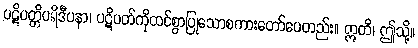
ပဋိပတ္တိပရိဒီပနာ၊ ပဋိပတ်ကိုထင်စွာပြုသောစကားတော်ပေတည်း။ ဣတိ၊ ဤသို့။